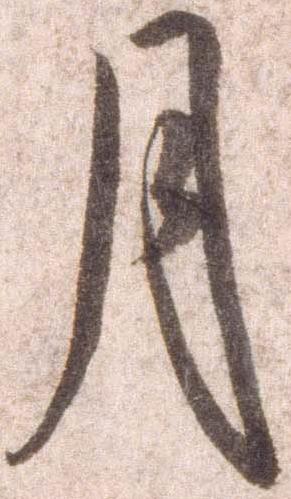
月